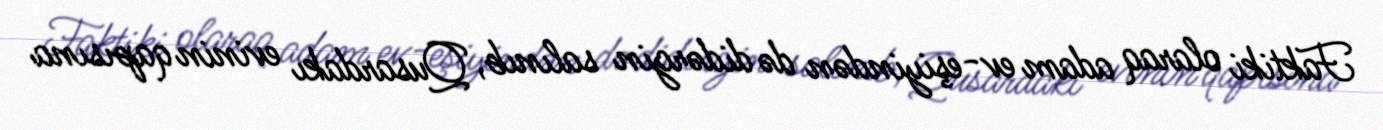
Faktiki olaraq adam ev-eşiyindən də didərgin salınıb, Qusardakı evinin qapısına